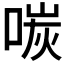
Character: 𪡩